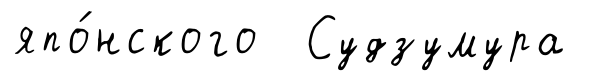
япо́нского Судзумура